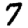
Digit: 7